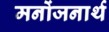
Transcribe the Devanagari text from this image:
मनोंजनार्थ